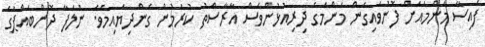
ފައިސާ މަންމައަށް ފޮނުވައިގެން މަންމަގެ ދިރިއުޅުންވެސް އާރާސްތު ކުރަމުން ގެންދިޔައިމެވެ. ނުލަފާ ދޮންބައްޕަގެ